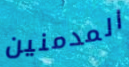
المدمنين